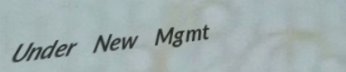
Under New Mgmt